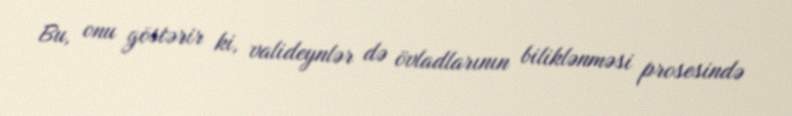
Bu, onu göstərir ki, valideynlər də övladlarının biliklənməsi prosesində